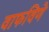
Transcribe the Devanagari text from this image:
वाफविणे